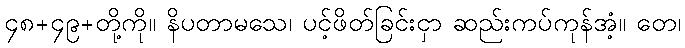
၄၈+၄၉+တို့ကို။ နိပတာမသေ၊ ပင့်ဖိတ်ခြင်းငှာ ဆည်းကပ်ကုန်အံ့။ တေ၊